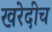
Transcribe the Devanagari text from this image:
खरेदीच